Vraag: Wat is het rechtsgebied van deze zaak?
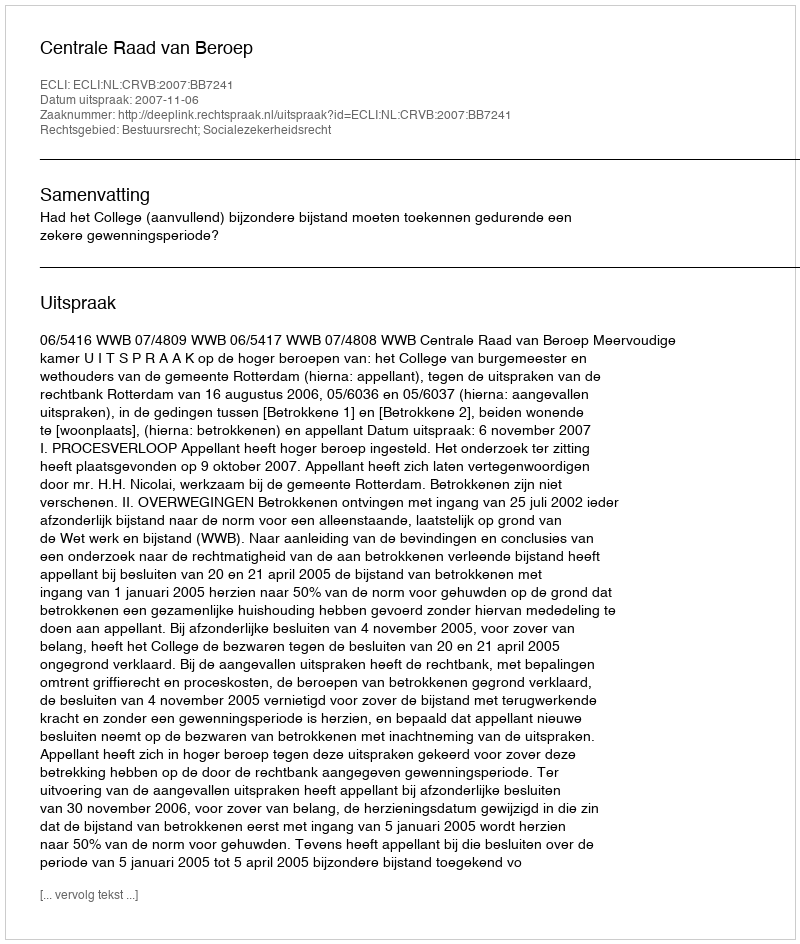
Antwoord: Bestuursrecht; Socialezekerheidsrecht